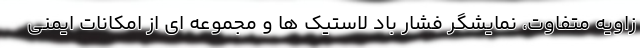
زاویه متفاوت، نمایشگر فشار باد لاستیک ها و مجموعه ای از امکانات ایمنی